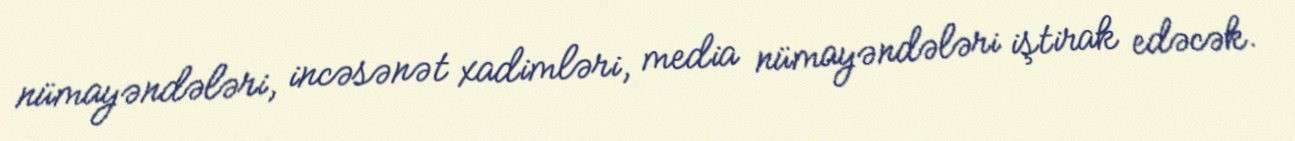
nümayəndələri, incəsənət xadimləri, media nümayəndələri iştirak edəcək.